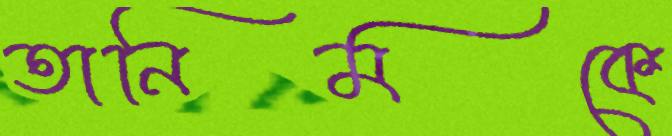
তানিমকে